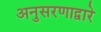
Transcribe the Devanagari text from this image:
अनुसरणाद्वारे